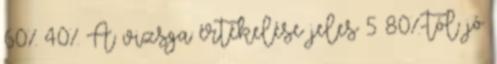
60% 40% A vizsga értékelése jeles 5 80%-tól jó